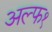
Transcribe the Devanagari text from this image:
अल्फ१